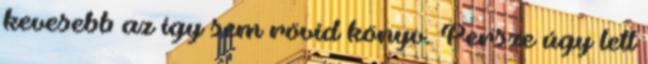
kevesebb az így sem rövid könyv. Persze úgy lett